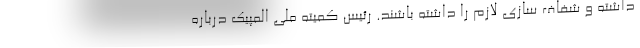
داشته و شفاف سازی لازم را داشته باشند. رئیس کمیته ملی المپیک درباره